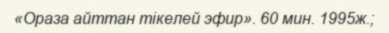
«Ораза айттан тікелей эфир». 60 мин. 1995ж.;